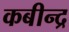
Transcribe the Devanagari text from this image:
कबीन्द्र